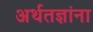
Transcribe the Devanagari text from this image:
अर्थतज्ञांना